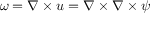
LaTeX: { \boldsymbol { \omega } } = \nabla \times { \boldsymbol { u } } = \nabla \times \nabla \times { \boldsymbol { \psi } }